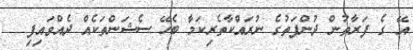
އޭ ގެ ފަރާތުން ދުންފަތުގެ ނުރައްކާތެރިކަމާ ބެހޭ ސެޝަންތަކެއް ދެއްވައިފި